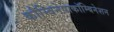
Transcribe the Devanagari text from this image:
कौम्बिनेषाकॉम्बिनेशन